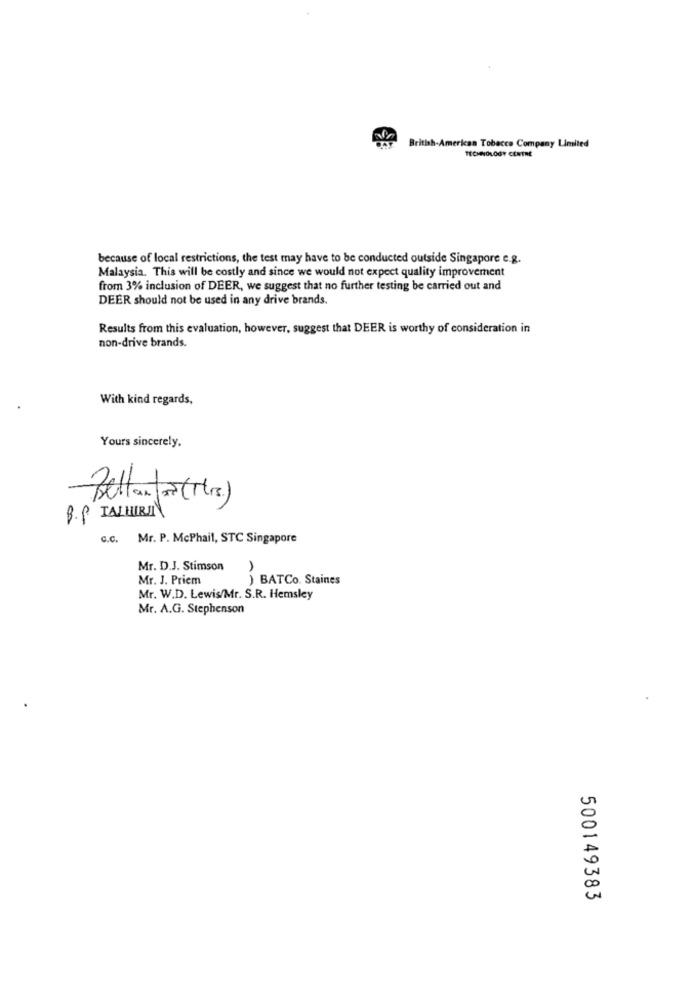
British-American Tobacco Company Limited
TECHNOLOGY CENTRE
because of local restrictions, the test may have to be conducted outside Singapore e.g.
Malaysia. This will be costly and since we would not expect quality improvement
from 3% inclusion of DEER, we suggest that no further testing be carried out and
DEER should not be used in any drive brands.
Results from this evaluation, however, suggest that DEER is worthy of consideration in
non-drive brands.
With kind regards,
Yours sincerely.
Bellanfor ((re)
B.P INJURY
c.c. Mr. P. McPhail, STC Singapore
Mr. D.J. Stimson
Mr. J. Priem
) BATCo. Staines
Mr. W.D. Lewis/Mr. S.R. Hemsley
Mr. A.G. Stephenson
500149383